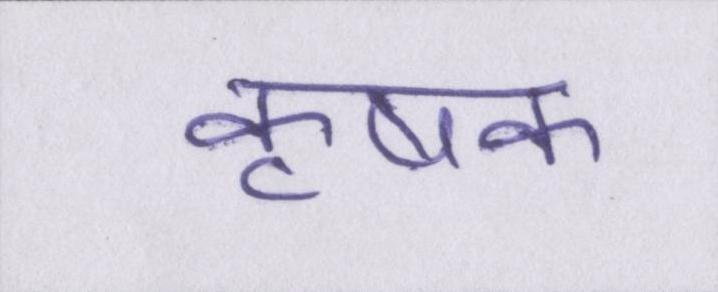
कृषक